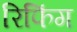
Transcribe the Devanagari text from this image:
रिफिंग